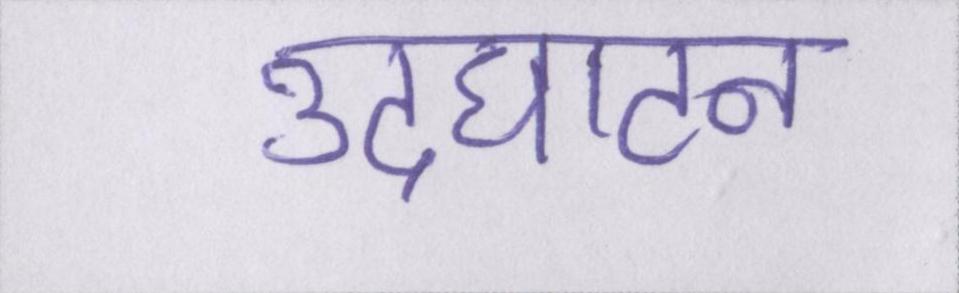
उदघाटन